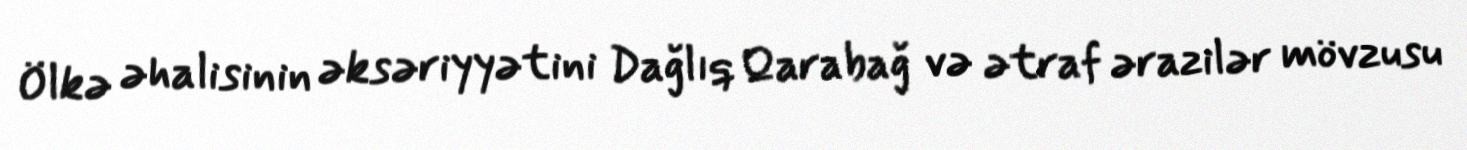
Ölkə əhalisinin əksəriyyətini Dağlıq Qarabağ və ətraf ərazilər mövzusu